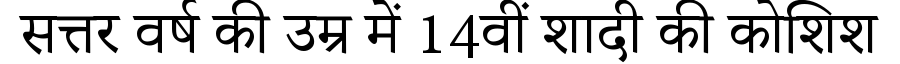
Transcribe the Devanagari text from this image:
सत्तर वर्ष की उम्र में 14वीं शादी की कोशिश